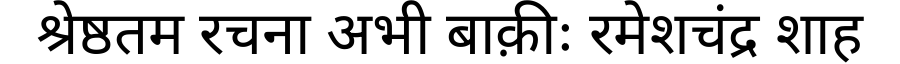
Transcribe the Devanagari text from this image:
श्रेष्ठतम रचना अभी बाक़ीः रमेशचंद्र शाह